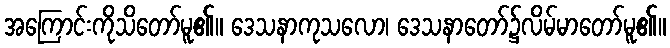
အကြောင်းကိုသိတော်မူ၏။ ဒေသနာကုသလော၊ ဒေသနာတော်၌လိမ်မာတော်မူ၏။